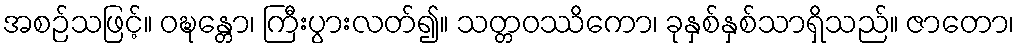
အစဉ်သဖြင့်။ ဝဍ္ဎန္တော၊ ကြီးပွားလတ်၍။ သတ္တဝဿိကော၊ ခုနှစ်နှစ်သာရှိသည်။ ဇာတော၊